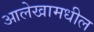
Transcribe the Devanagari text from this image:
आलेखामधील